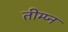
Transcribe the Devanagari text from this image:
तीम्प्न